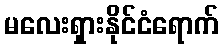
မလေးရှားနိုင်ငံရောက်